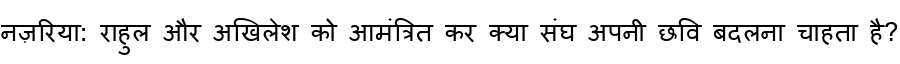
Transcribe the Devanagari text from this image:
नज़रिया: राहुल और अखिलेश को आमंत्रित कर क्या संघ अपनी छवि बदलना चाहता है?